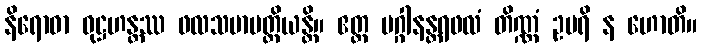
နိရောဓာ ဝုဋ္ဌဟန္တဿ ဖလသမာပတ္တိယန္တိ။ ဧတ္ထ မဂ္ဂါနန္တရဖလံ တိဏ္ဏံ ဥပရိ န ဟောတိ။